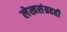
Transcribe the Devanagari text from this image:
लेखसंग्रहही